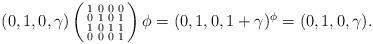
LaTeX: \begin{align*} (0,1,0, \gamma) \left( \begin{smallmatrix}1 & 0 & 0 & 0 \\0 & 1 & 0 & 1 \\1 & 0 & 1 & 1\\0 & 0 & 0 & 1 \end{smallmatrix} \right)\phi = (0, 1, 0, 1 + \gamma)^\phi = (0,1,0,\gamma).\end{align*}